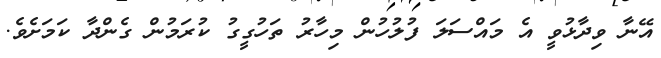
އޭނާ ވިދާޅުވީ އެ މައްސަލަ ފުލުހުން މިހާރު ތަހުގީގު ކުރަމުން ގެންދާ ކަމަށެވެ.